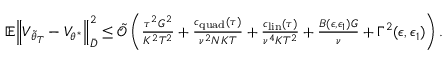
\begin{array} { r } { \mathbb { E } \Big \lVert V _ { \tilde { \theta } _ { T } } - V _ { \theta ^ { * } } \Big \rVert _ { \bar { D } } ^ { 2 } \le \tilde { \mathcal { O } } \left( \frac { \tau ^ { 2 } G ^ { 2 } } { K ^ { 2 } T ^ { 2 } } + \frac { c _ { \mathrm { q u a d } } ( \tau ) } { \nu ^ { 2 } N K T } + \frac { c _ { \mathrm { l i n } } ( \tau ) } { \nu ^ { 4 } K T ^ { 2 } } + \frac { B ( \epsilon , \epsilon _ { 1 } ) G } { \nu } + \Gamma ^ { 2 } ( \epsilon , \epsilon _ { 1 } ) \right) . } \end{array}